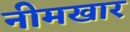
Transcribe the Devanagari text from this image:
नीमखार